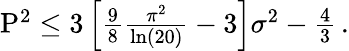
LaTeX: \begin{array}{r}{\mathrm{P}^{2}\leq 3\left[\frac{9}{8}\frac{\pi^{2}}{\ln(20)}-3\right]\sigma^{2}-\frac{4}{3}\, .}\end{array}